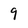
Character: 9